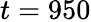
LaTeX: t=950